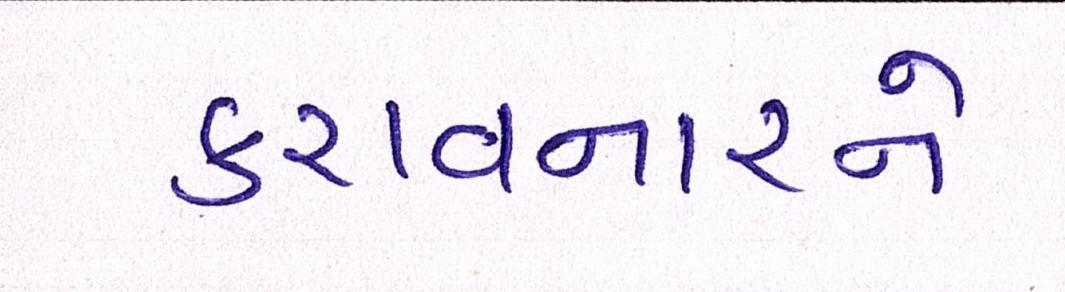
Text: કરાવનારને